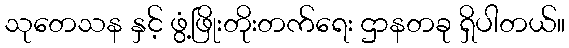
သုတေသန နှင့် ဖွံ့ဖြိုးတိုးတက်ရေး ဌာနတခု ရှိပါတယ်။